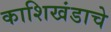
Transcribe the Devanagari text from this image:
काशिखंडाचे